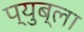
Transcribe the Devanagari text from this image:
प्युब्ला